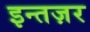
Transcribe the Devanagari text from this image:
इन्तज़र